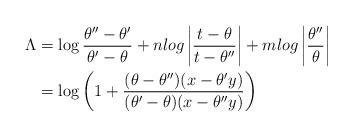
LaTeX: \begin{align*} \Lambda&=\log\frac{\theta''-\theta'}{\theta'-\theta}+n log\left\lvert\frac{t-\theta}{t-\theta''}\right\rvert+m log \left\lvert\frac{\theta''}{\theta}\right\rvert\\&=\log\left(1+\frac{(\theta-\theta'')(x-\theta' y)}{(\theta'-\theta)(x-\theta'' y)}\right)\newline\end{align*}